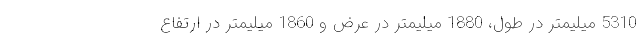
5310 میلیمتر در طول، 1880 میلیمتر در عرض و 1860 میلیمتر در ارتفاع